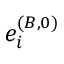
e _ { i } ^ { ( B , 0 ) }